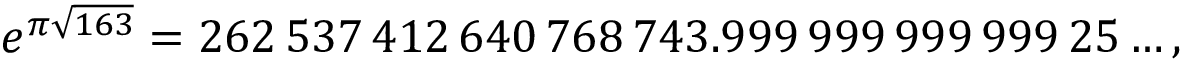
e ^ { \pi { \sqrt { 1 6 3 } } } = 2 6 2 \, 5 3 7 \, 4 1 2 \, 6 4 0 \, 7 6 8 \, 7 4 3 . 9 9 9 \, 9 9 9 \, 9 9 9 \, 9 9 9 \, 2 5 \ldots ,